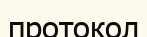
протокол